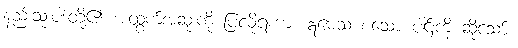
နည်းသုံးပါးတို့၏ အထွက်အဆုံးကို ပြလိုရကား ဣမေသံ စသော ပါဌ်ကို ဆိုသော်။